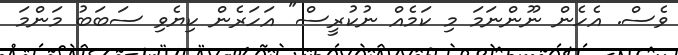
ވެސް. އެހެން ނޫންނަމަ މި ކަމެއް ނުކުރީސް" އަހަރެން ކިޔެވި ސަބަބު މަންމަ